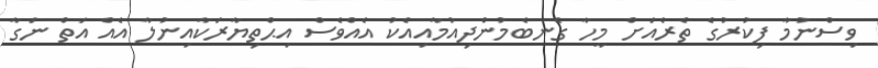
ވިސްނުމާ ފިކުރުގެ ތެރެއަށް މީހާ ގެނބެމުންދިއުމާއިއެކު އެއްވެސް އިޙްތިޔާރަކާއިނުލާ އެއް އަތް ނަގާ